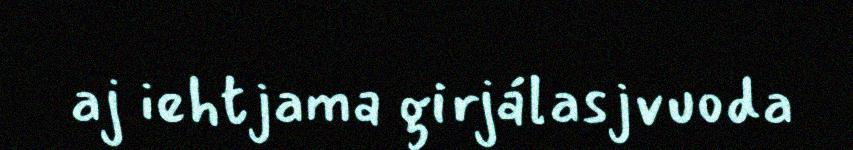
aj iehtjama girjálasjvuoda